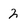
Character: 2